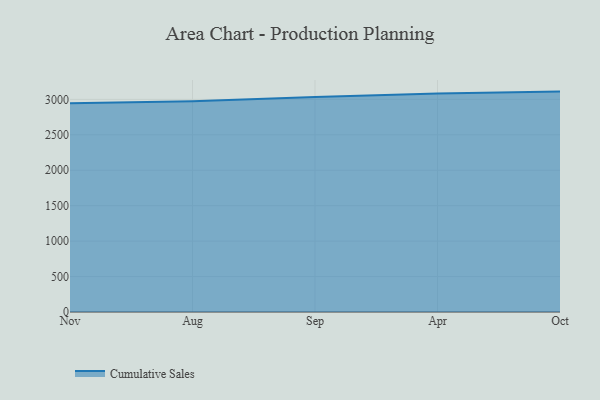
{"axis": {"x": "Month", "y": "Production Output"}, "legend": ["Cumulative Sales"], "data": [{"x": "Nov", "y": 2943.9, "type": "Cumulative Sales"}, {"x": "Aug", "y": 2974.5, "type": "Cumulative Sales"}, {"x": "Sep", "y": 3032.1, "type": "Cumulative Sales"}, {"x": "Apr", "y": 3081.6, "type": "Cumulative Sales"}, {"x": "Oct", "y": 3109.7, "type": "Cumulative Sales"}]}